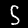
Digit: 5